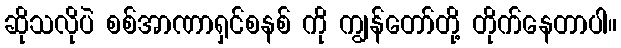
ဆိုသလိုပဲ စစ်အာဏာရှင်စနစ် ကို ကျွန်တော်တို့ တိုက်နေတာပါ။